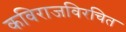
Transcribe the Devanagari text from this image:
कविराजविरचित